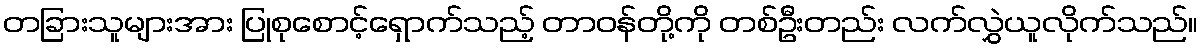
တခြားသူများအား ပြုစုစောင့်ရှောက်သည့် တာဝန်တို့ကို တစ်ဦးတည်း လက်လွှဲယူလိုက်သည်။